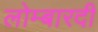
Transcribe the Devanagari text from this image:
लोम्बारदी